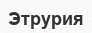
Этрурия